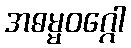
အဓမ္မဝဂ္ဂေါ